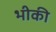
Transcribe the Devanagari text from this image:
भीकी